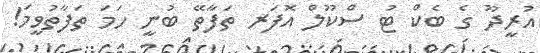
އުރީދޫ ގެ ބެކް ޓު ސްކޫލް އޮފަރ ތަފާތޭ ބުނީ ހަމަ ތަފާތުވީމަ!